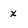
Character: x